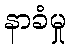
နာခံမှု